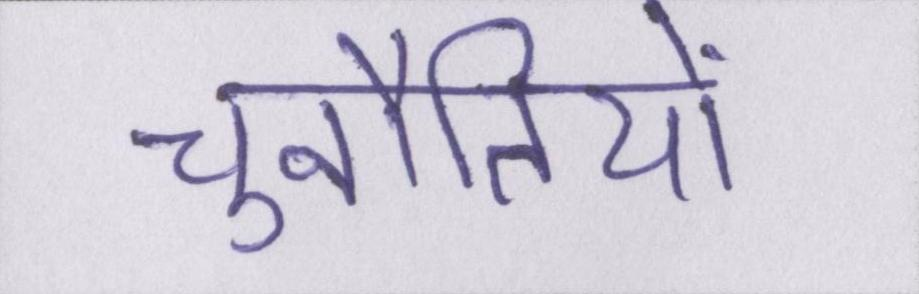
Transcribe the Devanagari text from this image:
चुनौतियों